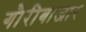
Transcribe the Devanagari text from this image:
गौरीबाजार